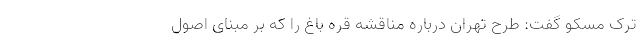
ترک مسکو گفت: طرح تهران درباره مناقشه قره باغ را که بر مبنای اصول